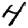
Digit: 4